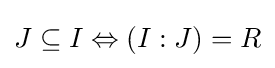
J\subseteq I\Leftrightarrow (I:J)=R